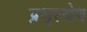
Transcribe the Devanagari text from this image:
प्रभृत्येष